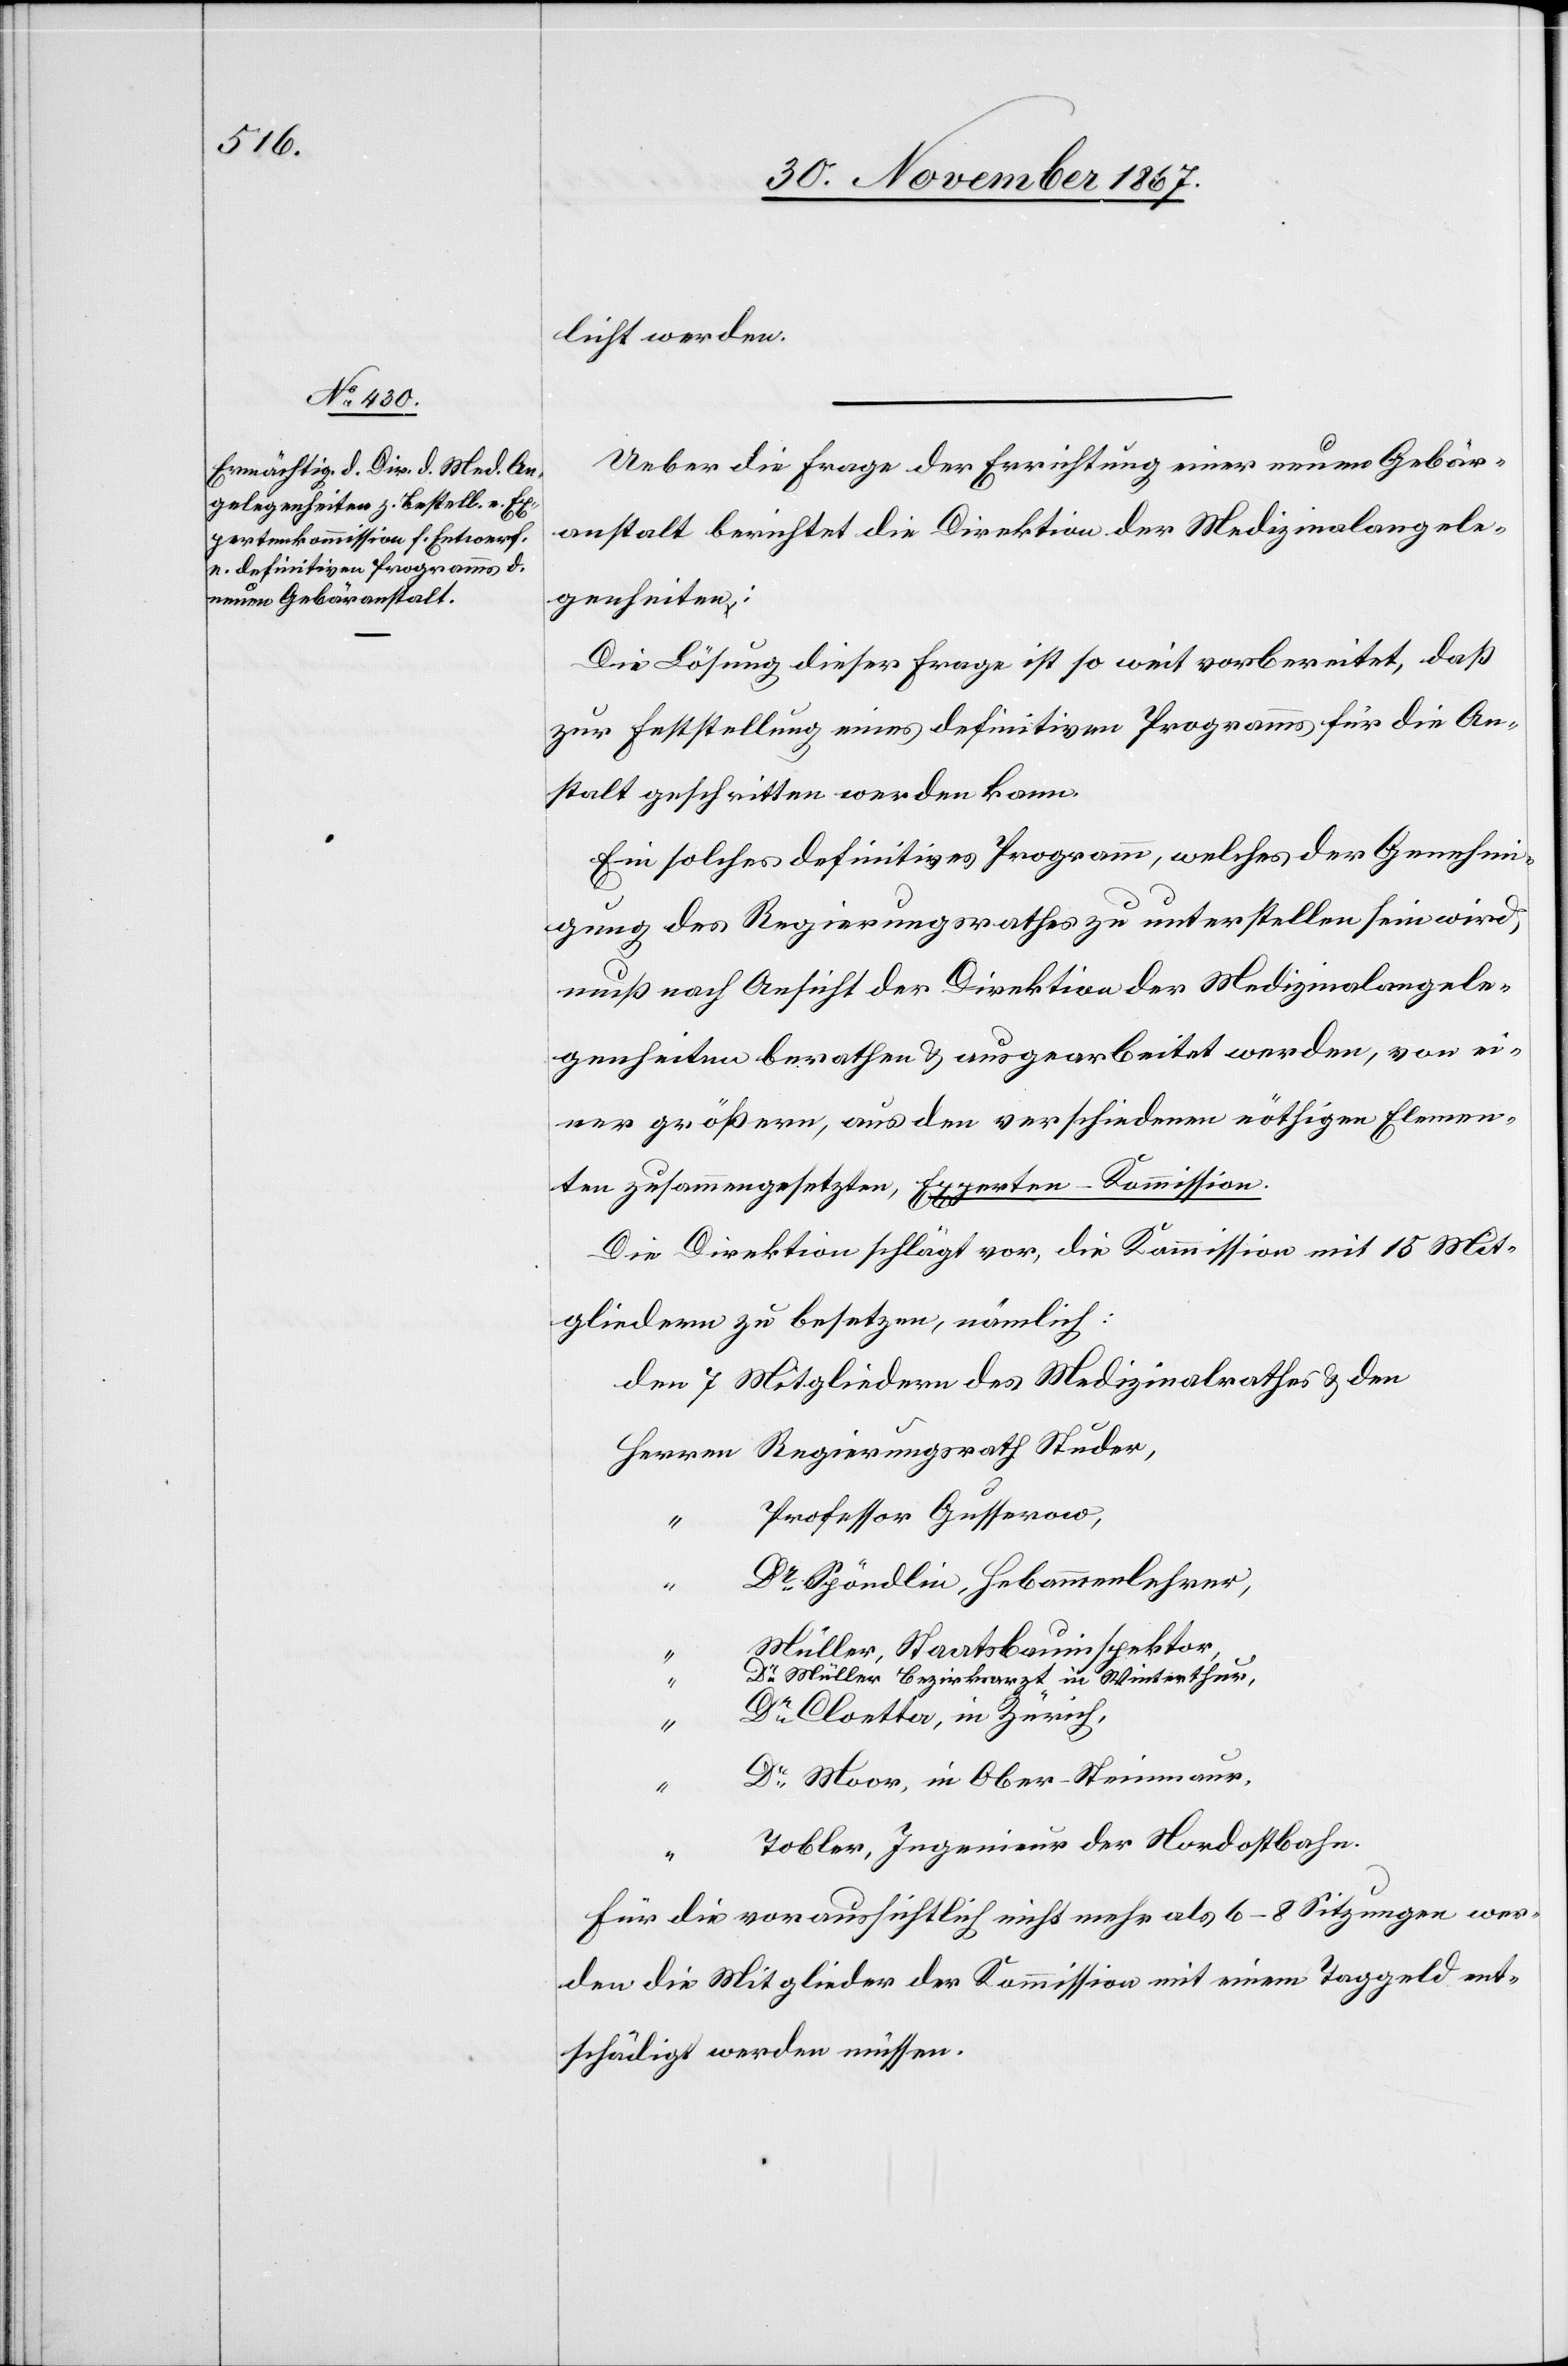
licht werden.
Ueber die Frage der Errichtung einer neuen Gebär¬
anstalt berichtet die Direktion der Medizinalangele¬
genheiten:
Die Lösung dieser Frage ist so weit vorbereitet, daß
zur Feststellung eines definitiven Programms für die An¬
stalt geschritten werden kann.
Ein solches definitives Programm, welches der Genehmi¬
gung des Regierungsrathes zu unterstellen sein wird,
muß nach Ansicht der Direktion der Medizinalangele¬
genheiten berathen u. ausgearbeitet werden, von ei¬
ner größern, aus den verschiedenen nöthigen Elemen¬
ten zusammengesetzten Experten-Kommission.
Die Direktion schlägt vor, die Kommission mit 15 Mit¬
gliedern zu besetzen, nämlich:
Professor Gusserow,
“
Dr. Spöndlin, Hebammenlehrer,
Müller, Staatsbauinspektor,
“
Dr. Müller, Bezirksarzt in Winterthur,
“
Dr. Cloetta, in Zürich,
“
Dr. Moor, in Ober-Steinmaur,
“
Tobler, Ingenieur der Nordostbahn.
Für die voraussichtlich nicht mehr als 6–8 Sitzungen wer¬
den die Mitglieder der Kommission mit einem Taggeld ent¬
schädigt werden müssen.